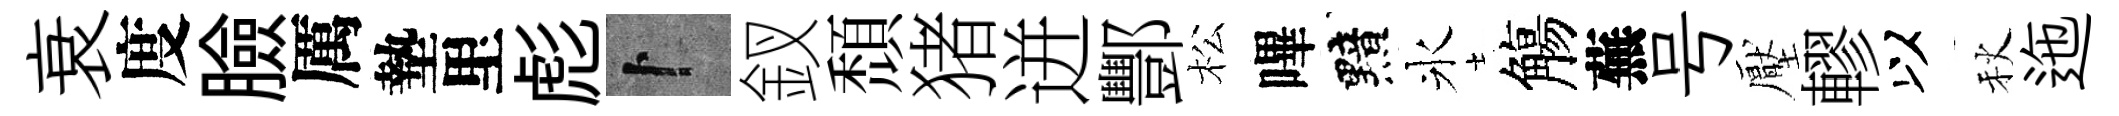
衰度臉厲墊里彪卜釵頹猪迸酆松嗶黯氷觴蕪号壓轇以秋迤